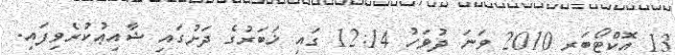
13 އޮކްޓޯބަރ 2010 ވަނަ ދުވަހު 12:14 ގައި ޚަބަރުގެ ދަށުގައި ޝާއިޢުކުރެވިފައި.